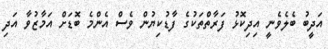
އަދީބު ބެލެވެނީ އިދިކޮޅު ފަރާތްތަކުގެ ފާޑުކިޔުން ވެސް އެންމެ ބޮޑަށް އަމާޒުވާ އަދި